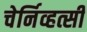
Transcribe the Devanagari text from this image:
चेर्निव्हत्सी